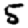
Digit: 5